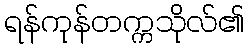
ရန်ကုန်တက္ကသိုလ်၏